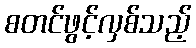
စတင်ဖွင့်လှစ်သည့်